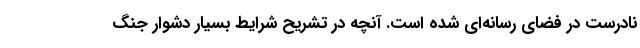
نادرست در فضای رسانه‌ای شده است. آنچه در تشریح شرایط بسیار دشوار جنگ